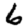
Digit: 6